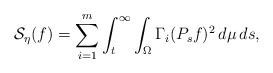
\begin{align*}\mathcal{S}_{\eta} (f) = \sum_{i=1}^m \int_{t}^{\infty} \int_{\Omega} \Gamma_i (P_s f)^2 \, d\mu \, ds, \end{align*}